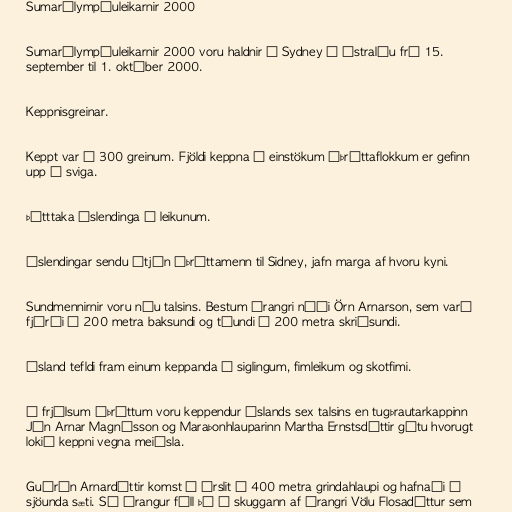
Sumarólympíuleikarnir 2000

Sumarólympíuleikarnir 2000 voru haldnir í Sydney í Ástralíu frá 15.
september til 1. október 2000.

Keppnisgreinar.

Keppt var í 300 greinum. Fjöldi keppna í einstökum íþróttaflokkum er gefinn
upp í sviga.

Þátttaka Íslendinga á leikunum.

Íslendingar sendu átján íþróttamenn til Sidney, jafn marga af hvoru kyni.

Sundmennirnir voru níu talsins. Bestum árangri náði Örn Arnarson, sem varð
fjórði í 200 metra baksundi og tíundi í 200 metra skriðsundi.

Ísland tefldi fram einum keppanda í siglingum, fimleikum og skotfimi.

Í frjálsum íþróttum voru keppendur Íslands sex talsins en tugþrautarkappinn
Jón Arnar Magnússon og Maraþonhlauparinn Martha Ernstsdóttir gátu hvorugt
lokið keppni vegna meiðsla.

Guðrún Arnardóttir komst í úrslit í 400 metra grindahlaupi og hafnaði í
sjöunda sæti. Sá árangur féll þó í skuggann af árangri Völu Flosadóttur sem